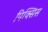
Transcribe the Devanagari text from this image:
पिक्सिस